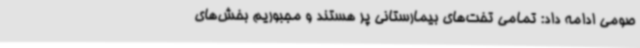
صومی ادامه داد: تمامی تخت‌های بیمارستانی پر هستند و مجبوریم بخش‌های